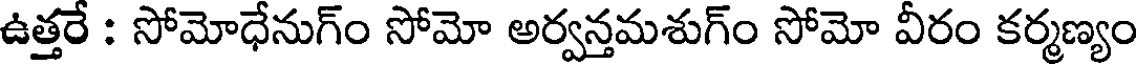
ఉత్తరే : సోమోధేనుగ్ం సోమో అర్వన్తమశుగ్ం సోమో వీరం కర్మణ్యం